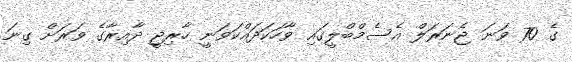
ގެ 70 ވަނަ ޖެނަރަލް އެސެމްބްލީގައި ވާހަކަދައްކަވަނީ ހާރިޖީ ދާއިރާގެ ވަރަށް ގިނަ